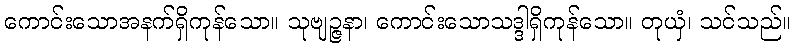
ကောင်းသောအနက်ရှိကုန်သော။ သုဗျဉ္ဇနာ၊ ကောင်းသောသဒ္ဒါရှိကုန်သော။ တုယှံ၊ သင်သည်။